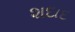
શદાદ